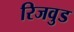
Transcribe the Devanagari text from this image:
रिजवुड